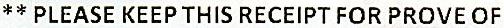
** PLEASE KEEP THIS RECEIPT FOR PROVE OF